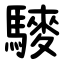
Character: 䮮